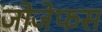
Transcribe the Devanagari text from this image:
जोजेफस